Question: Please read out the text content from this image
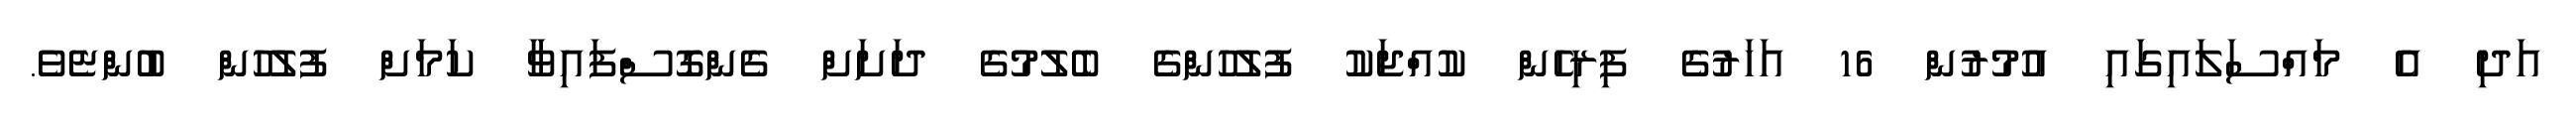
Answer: އަދި އެ މައްސަލައިގައި އުމުރުން 16 އަހަރުގެ ފިރިހެން ކުއްޖަކު ފުލުހުންގެ ބެލުމުގެ ދަށަށް ގެންގޮސްފައިވާ ކަމަށް ފުލުހުން ބުންޏެވެ.